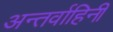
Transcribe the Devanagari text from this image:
अन्तर्वाहिनी